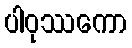
ပါဝုဿကော